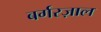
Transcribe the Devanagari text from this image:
बर्गरज़ाल